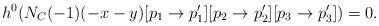
LaTeX: \begin{align*}h^0(N_C(-1)(-x-y)[p_1 \to p_1'][p_2 \to p_2'][p_3 \to p_3'])=0.\end{align*}